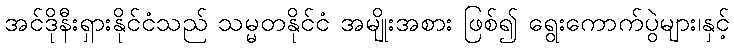
အင်ဒိုနီးရှားနိုင်ငံသည် သမ္မတနိုင်ငံ အမျိုးအစား ဖြစ်၍ ရွေးကောက်ပွဲများ၊နှင့်